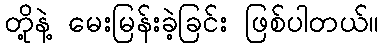
တို့နဲ့ မေးမြန်းခဲ့ခြင်း ဖြစ်ပါတယ်။